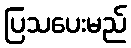
ပြသပေးမည်